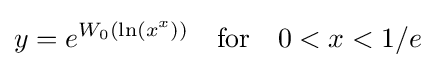
y=e^{W_{0}(\ln(x^{x}))}\quad \mathrm {for} \quad 0<x<1/e